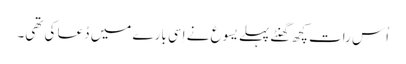
‏ اُس رات کچھ گھنٹے پہلے یسوع نے اِسی بارے میں دُعا کی تھی۔